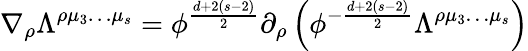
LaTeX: \nabla_{\rho}\Lambda^{\rho\mu_{3}\ldots\mu_{s}}=\phi^{\frac{d+2(s-2)}{2}}\partial_{\rho}\left(\phi^{-{\frac{d+2(s-2)}{2}}}\Lambda^{\rho\mu_{3}\ldots\mu_{s}}\right)